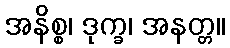
အနိစ္စ၊ ဒုက္ခ၊ အနတ္တ။